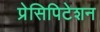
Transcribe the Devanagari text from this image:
प्रेसिपिटेशन